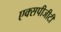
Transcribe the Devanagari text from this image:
एक्सपीजीटी